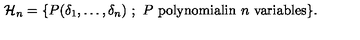
{ \cal H } _ { n } = \{ P ( \delta _ { 1 } , \ldots , \delta _ { n } ) \ ; \ P \ \mathrm { p o l y n o m i a l i n } \ n \ \mathrm { v a r i a b l e s } \} .